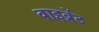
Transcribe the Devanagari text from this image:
वाइब्रेंट